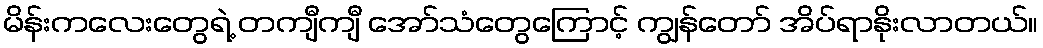
မိန်းကလေးတွေရဲ့ တကျီကျီ အော်သံတွေကြောင့် ကျွန်တော် အိပ်ရာနိုးလာတယ်။